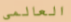
العالمى